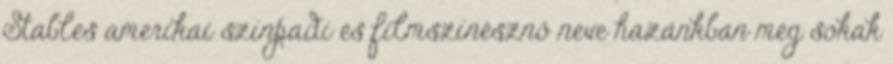
Stables amerikai színpadi és filmszínésznő neve hazánkban még sokak